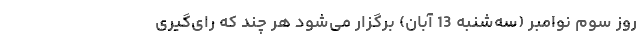
روز سوم نوامبر (سه‌شنبه 13 آبان) برگزار می‌شود هر چند که رای‌گیری